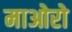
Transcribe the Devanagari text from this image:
माओरो